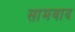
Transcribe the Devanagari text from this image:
सामवाद